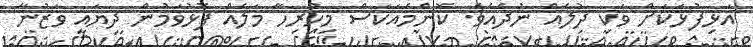
އަޅިފުޅަކަށް ވަކި ދުލެއް ނުދެއެވެ. ކޮންމެއަކަސް މިހުރިހާ މަލެއް ފޮޅުވަމުން ދިޔައީ ވަޒުނާ